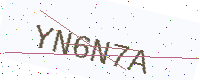
Text: YN6N7A